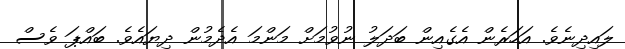
ލައިދިނެވެ. އަހަރެން އެގެއިން ބަދަލު ނުވުމަށް މަންމަ އެދެމުން ދިޔައެވެ. ބައްޕަ ވެސް